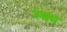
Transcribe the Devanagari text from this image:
स्वम